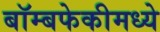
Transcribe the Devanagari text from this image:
बॉम्बफेकीमध्ये